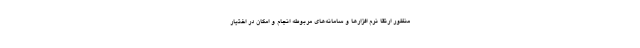
منظور ارتقا نرم افزارها و سامانه‌های مربوطه انجام و امکان در اختیار